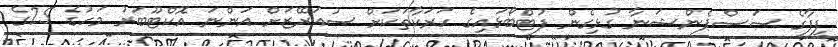
ފީފާގެ ސަސްޕެންޝަނާ ގުޅިގެން ފުޓްބޯޅައިގެ ހަރަކާތަކަށް ސުއަރޭޒަށް އަންނަ އޮކްޓޫބަރު މަހުގެ 25ގެ